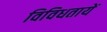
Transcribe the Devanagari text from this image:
विविधतायें